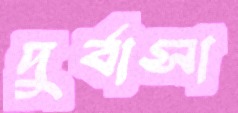
দুর্বাসা